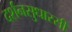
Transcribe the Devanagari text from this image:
दर्शनसुधारसी